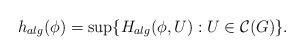
LaTeX: \begin{align*}h_{alg}(\phi) = \sup \{ H_{alg} (\phi, U) : U \in \mathcal C(G) \}.\end{align*}